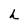
Character: h